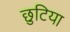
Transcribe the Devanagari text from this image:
छुटिया